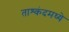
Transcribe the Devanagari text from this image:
ताश्कंदमध्ये